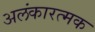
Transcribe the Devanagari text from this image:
अलंकारत्मक